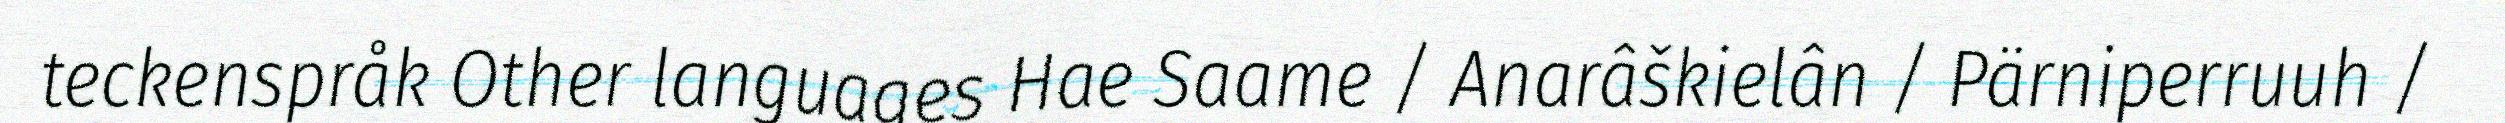
teckenspråk Other languages Hae Saame / Anarâškielân / Pärniperruuh /